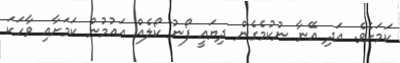
ކަމަށެވެ. އަދި އޭނާ ނުކުމެގެން ދިޔައީ ފޯނު ކޯލެއް އައުމުން ކަމަށާއި ވާހަކަ